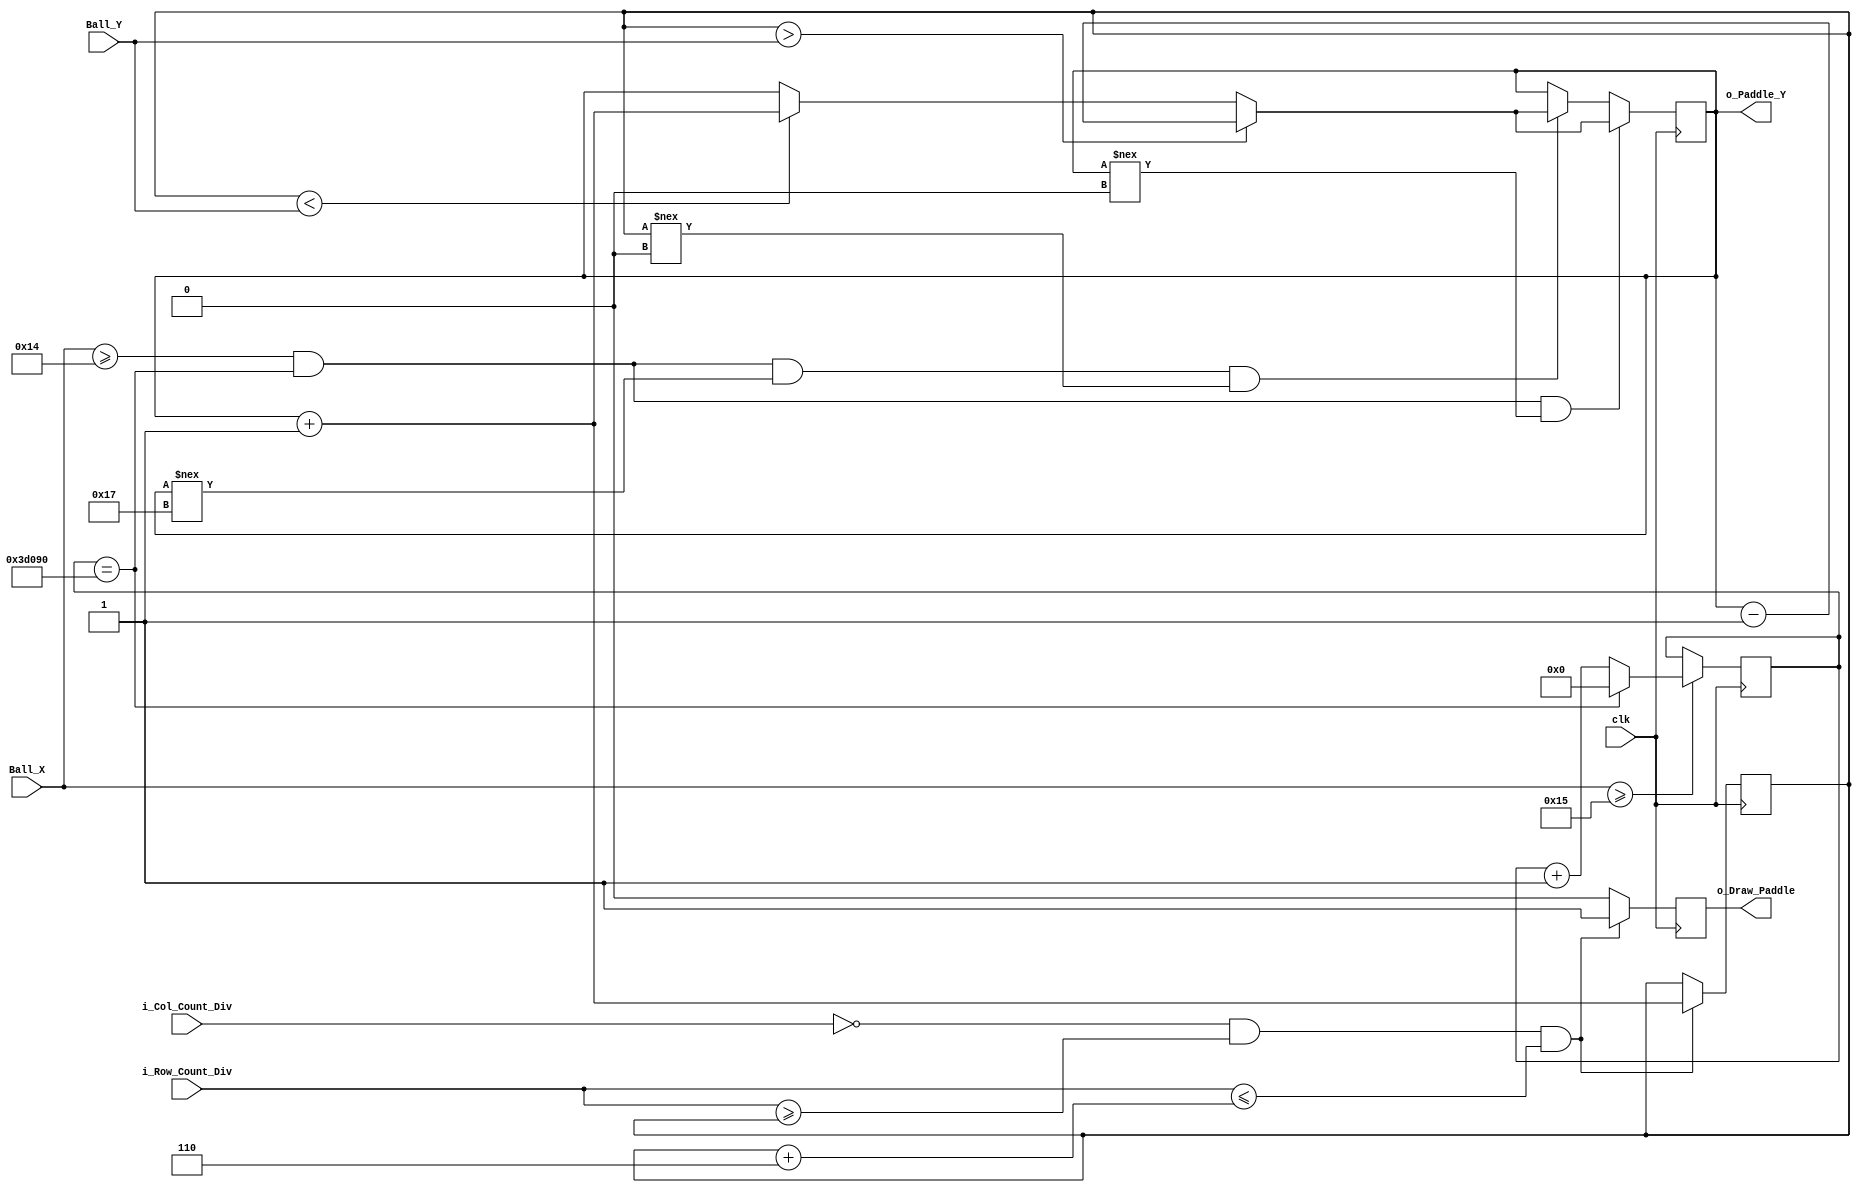
`timescale 1ps/1ps

module Pong_Bot   #(parameter c_PLAYER_PADDLE_X=0,
    parameter c_PADDLE_HEIGHT=6,
    parameter c_GAME_WIDTH=40,
    parameter c_GAME_HEIGHT=30)
    (
    input [5:0] Ball_X,                //input to get the ball X axies postion
    input [5:0] Ball_Y,                //input to get the ball Y axies postion
    input clk,                         //25Mhz clock
    input [5:0]      i_Col_Count_Div,  //number of Columns after divition
    input [5:0]      i_Row_Count_Div,  //number of Rows after divition
    output reg       o_Draw_Paddle,    //signal to draw the paddle
    output reg [5:0] o_Paddle_Y        //register to keep track of the upper point/edge of the paddle
    );


    // Set the Speed of the paddle movement.  
    // In this case, the paddle will move one board game unit
    parameter c_PADDLE_SPEED = 250000;
 
    reg [31:0] r_Paddle_Count = 0;
 
    wire w_Paddle_Count_En;
    reg [5:0] o_Paddle_Y_2 =0;
 
    // enables the bot to function only if the ball is on thier side on the X axies
    assign w_Paddle_Count_En = Ball_X >= (c_GAME_WIDTH/2) + 1;
 
    always @(posedge clk)
    begin
        if (w_Paddle_Count_En == 1'b1)
        begin
        if (r_Paddle_Count == c_PADDLE_SPEED)
         r_Paddle_Count <= 0;
        else
            r_Paddle_Count <= r_Paddle_Count + 1;
        end
 
    //checks if the ball is on the bot side if not the bot wont move
    //if follows the ball movments right now its set so the bot chases
    //the ball to make sure it hits the second point of the paddle
    if (Ball_X >= 6'b010100 &&
        r_Paddle_Count == c_PADDLE_SPEED &&
        o_Paddle_Y !== 0)
      if (o_Paddle_Y_2 > Ball_Y)
         o_Paddle_Y <= o_Paddle_Y - 1;
        else if (o_Paddle_Y_2 < Ball_Y)
            o_Paddle_Y <= o_Paddle_Y + 1;
        else
         o_Paddle_Y <= o_Paddle_Y;
    else if (Ball_X >= 6'b010100 &&
        r_Paddle_Count == c_PADDLE_SPEED && 
        o_Paddle_Y !== c_GAME_HEIGHT-c_PADDLE_HEIGHT-1 &&
        o_Paddle_Y_2 !== 0)
      if (o_Paddle_Y_2 > Ball_Y)
         o_Paddle_Y <= o_Paddle_Y - 1;
        else if (o_Paddle_Y_2 < Ball_Y)
            o_Paddle_Y <= o_Paddle_Y + 1;
        else
         o_Paddle_Y <= o_Paddle_Y;
    end
 
 
    // Draws the Paddle
    always @(posedge clk)
    begin
        // Draws in a single column and in a range of rows.
        // Range of rows is determined by c_PADDLE_HEIGHT
        if (i_Col_Count_Div == c_PLAYER_PADDLE_X &&
            i_Row_Count_Div >= o_Paddle_Y_2 &&
            i_Row_Count_Div <= o_Paddle_Y_2 + c_PADDLE_HEIGHT) begin
            o_Draw_Paddle <= 1'b1;
            o_Paddle_Y_2  <= o_Paddle_Y+1;
            end
        else
            o_Draw_Paddle <= 1'b0;
    end    
 
endmodule // Pong_Paddle_Ctrl